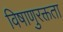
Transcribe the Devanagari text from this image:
विषाणुरक्तता